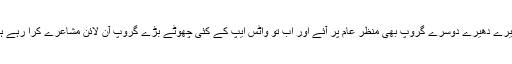
دھیرے دھیرے دوسرے گروپ بھی منظر عام پر آئے اور اب تو واٹس ایپ کے کئی چھوٹے بڑے گروپ آن لائن مشاعرے کرا رہے ہیں۔